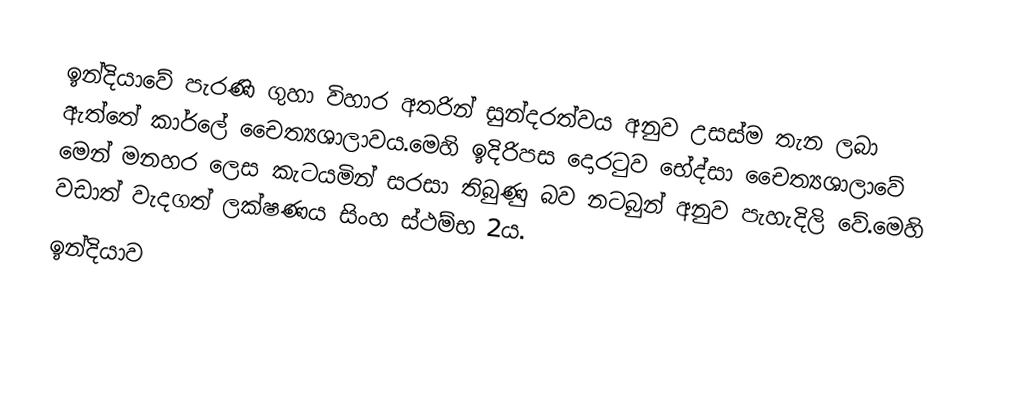
ඉන්දියාවේ පැරණි ගුහා විහාර අතරින් සුන්දරත්වය අනුව උසස්ම තැන ලබා ඇත්තේ කාර්ලේ චෛත්‍යශාලාවය.මෙහි ඉදිරිපස දොරටුව භේද්සා චෛත්‍යශාලාවේ මෙන් මනහර ලෙස කැටයමින් සරසා තිබුණු බව නටබුන් අනුව පැහැදිලි වේ.මෙහි වඩාත් වැදගත් ලක්ෂණය සිංහ ස්ථම්භ 2ය.
ඉන්දියාව